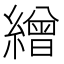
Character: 繒